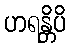
ဟရန္တိပိ